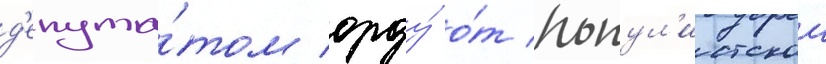
д'епута́том орду́ о́т попул'истскои